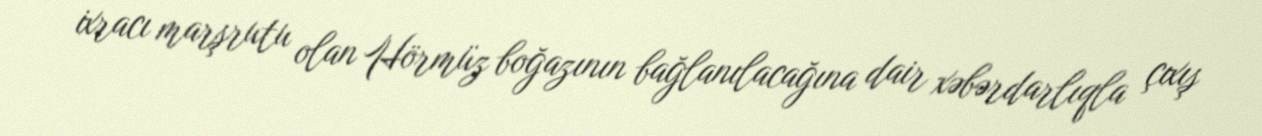
ixracı marşrutu olan Hörmüz boğazının bağlanılacağına dair xəbərdarlıqla çıxış